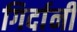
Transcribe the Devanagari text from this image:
गिर्दानी